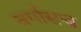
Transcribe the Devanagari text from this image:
वर्गासच